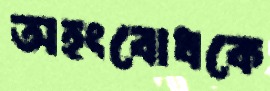
অহংবোধকে